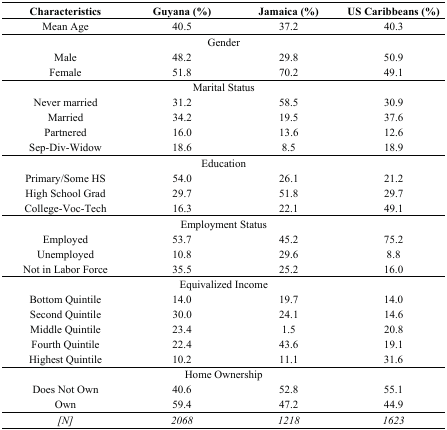
| Characteristics | Guyana (%) | Jamaica (%) | US Caribbeans (%) |
 | --- | --- | --- | --- |
 | Mean Age | 40.5 | 37.2 | 40.3 |
 | <COLSPAN=4> Gender |
 | Male | 48.2 | 29.8 | 50.9 |
 | Female | 51.8 | 70.2 | 49.1 |
 | <COLSPAN=4> Marital Status |
 | Never married | 31.2 | 58.5 | 30.9 |
 | Married | 34.2 | 19.5 | 37.6 |
 | Partnered | 16.0 | 13.6 | 12.6 |
 | Sep-Div-Widow | 18.6 | 8.5 | 18.9 |
 | <COLSPAN=4> Education |
 | Primary/Some HS | 54.0 | 26.1 | 21.2 |
 | High School Grad | 29.7 | 51.8 | 29.7 |
 | College-Voc-Tech | 16.3 | 22.1 | 49.1 |
 | <COLSPAN=4> Employment Status |
 | Employed | 53.7 | 45.2 | 75.2 |
 | Unemployed | 10.8 | 29.6 | 8.8 |
 | Not in Labor Force | 35.5 | 25.2 | 16.0 |
 | <COLSPAN=4> Equivalized Income |
 | Bottom Quintile | 14.0 | 19.7 | 14.0 |
 | Second Quintile | 30.0 | 24.1 | 14.6 |
 | Middle Quintile | 23.4 | 1.5 | 20.8 |
 | Fourth Quintile | 22.4 | 43.6 | 19.1 |
 | Highest Quintile | 10.2 | 11.1 | 31.6 |
 | <COLSPAN=4> Home Ownership |
 | Does Not Own | 40.6 | 52.8 | 55.1 |
 | Own | 59.4 | 47.2 | 44.9 |
 | [N] | 2068 | 1218 | 1623 |